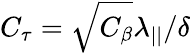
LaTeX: C_{\tau}=\sqrt{C_{\beta}}{\lambda_{||}}/{\delta}